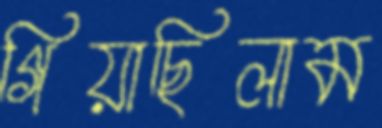
গিয়াছিলাম